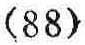
\((88)\)